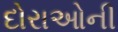
દોરાઓની